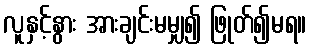
လူနှင့်နွား အားချင်းမမျှ၍ ဖြုတ်၍မရ။